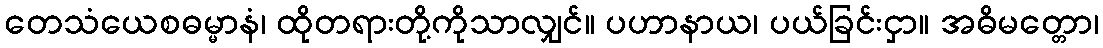
တေသံယေစဓမ္မာနံ၊ ထိုတရားတို့ကိုသာလျှင်။ ပဟာနာယ၊ ပယ်ခြင်းငှာ။ အဓိမတ္တော၊